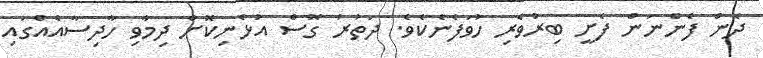
ދެން ފެންނަން ފެށީ ބިރުވެރި ހުވަފެނެކެވެ. ދަތުރު ގޮސް އުޅެނިކޮށް ދިމާވި ހާދިސާއެއްގައި